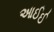
આઈઈ